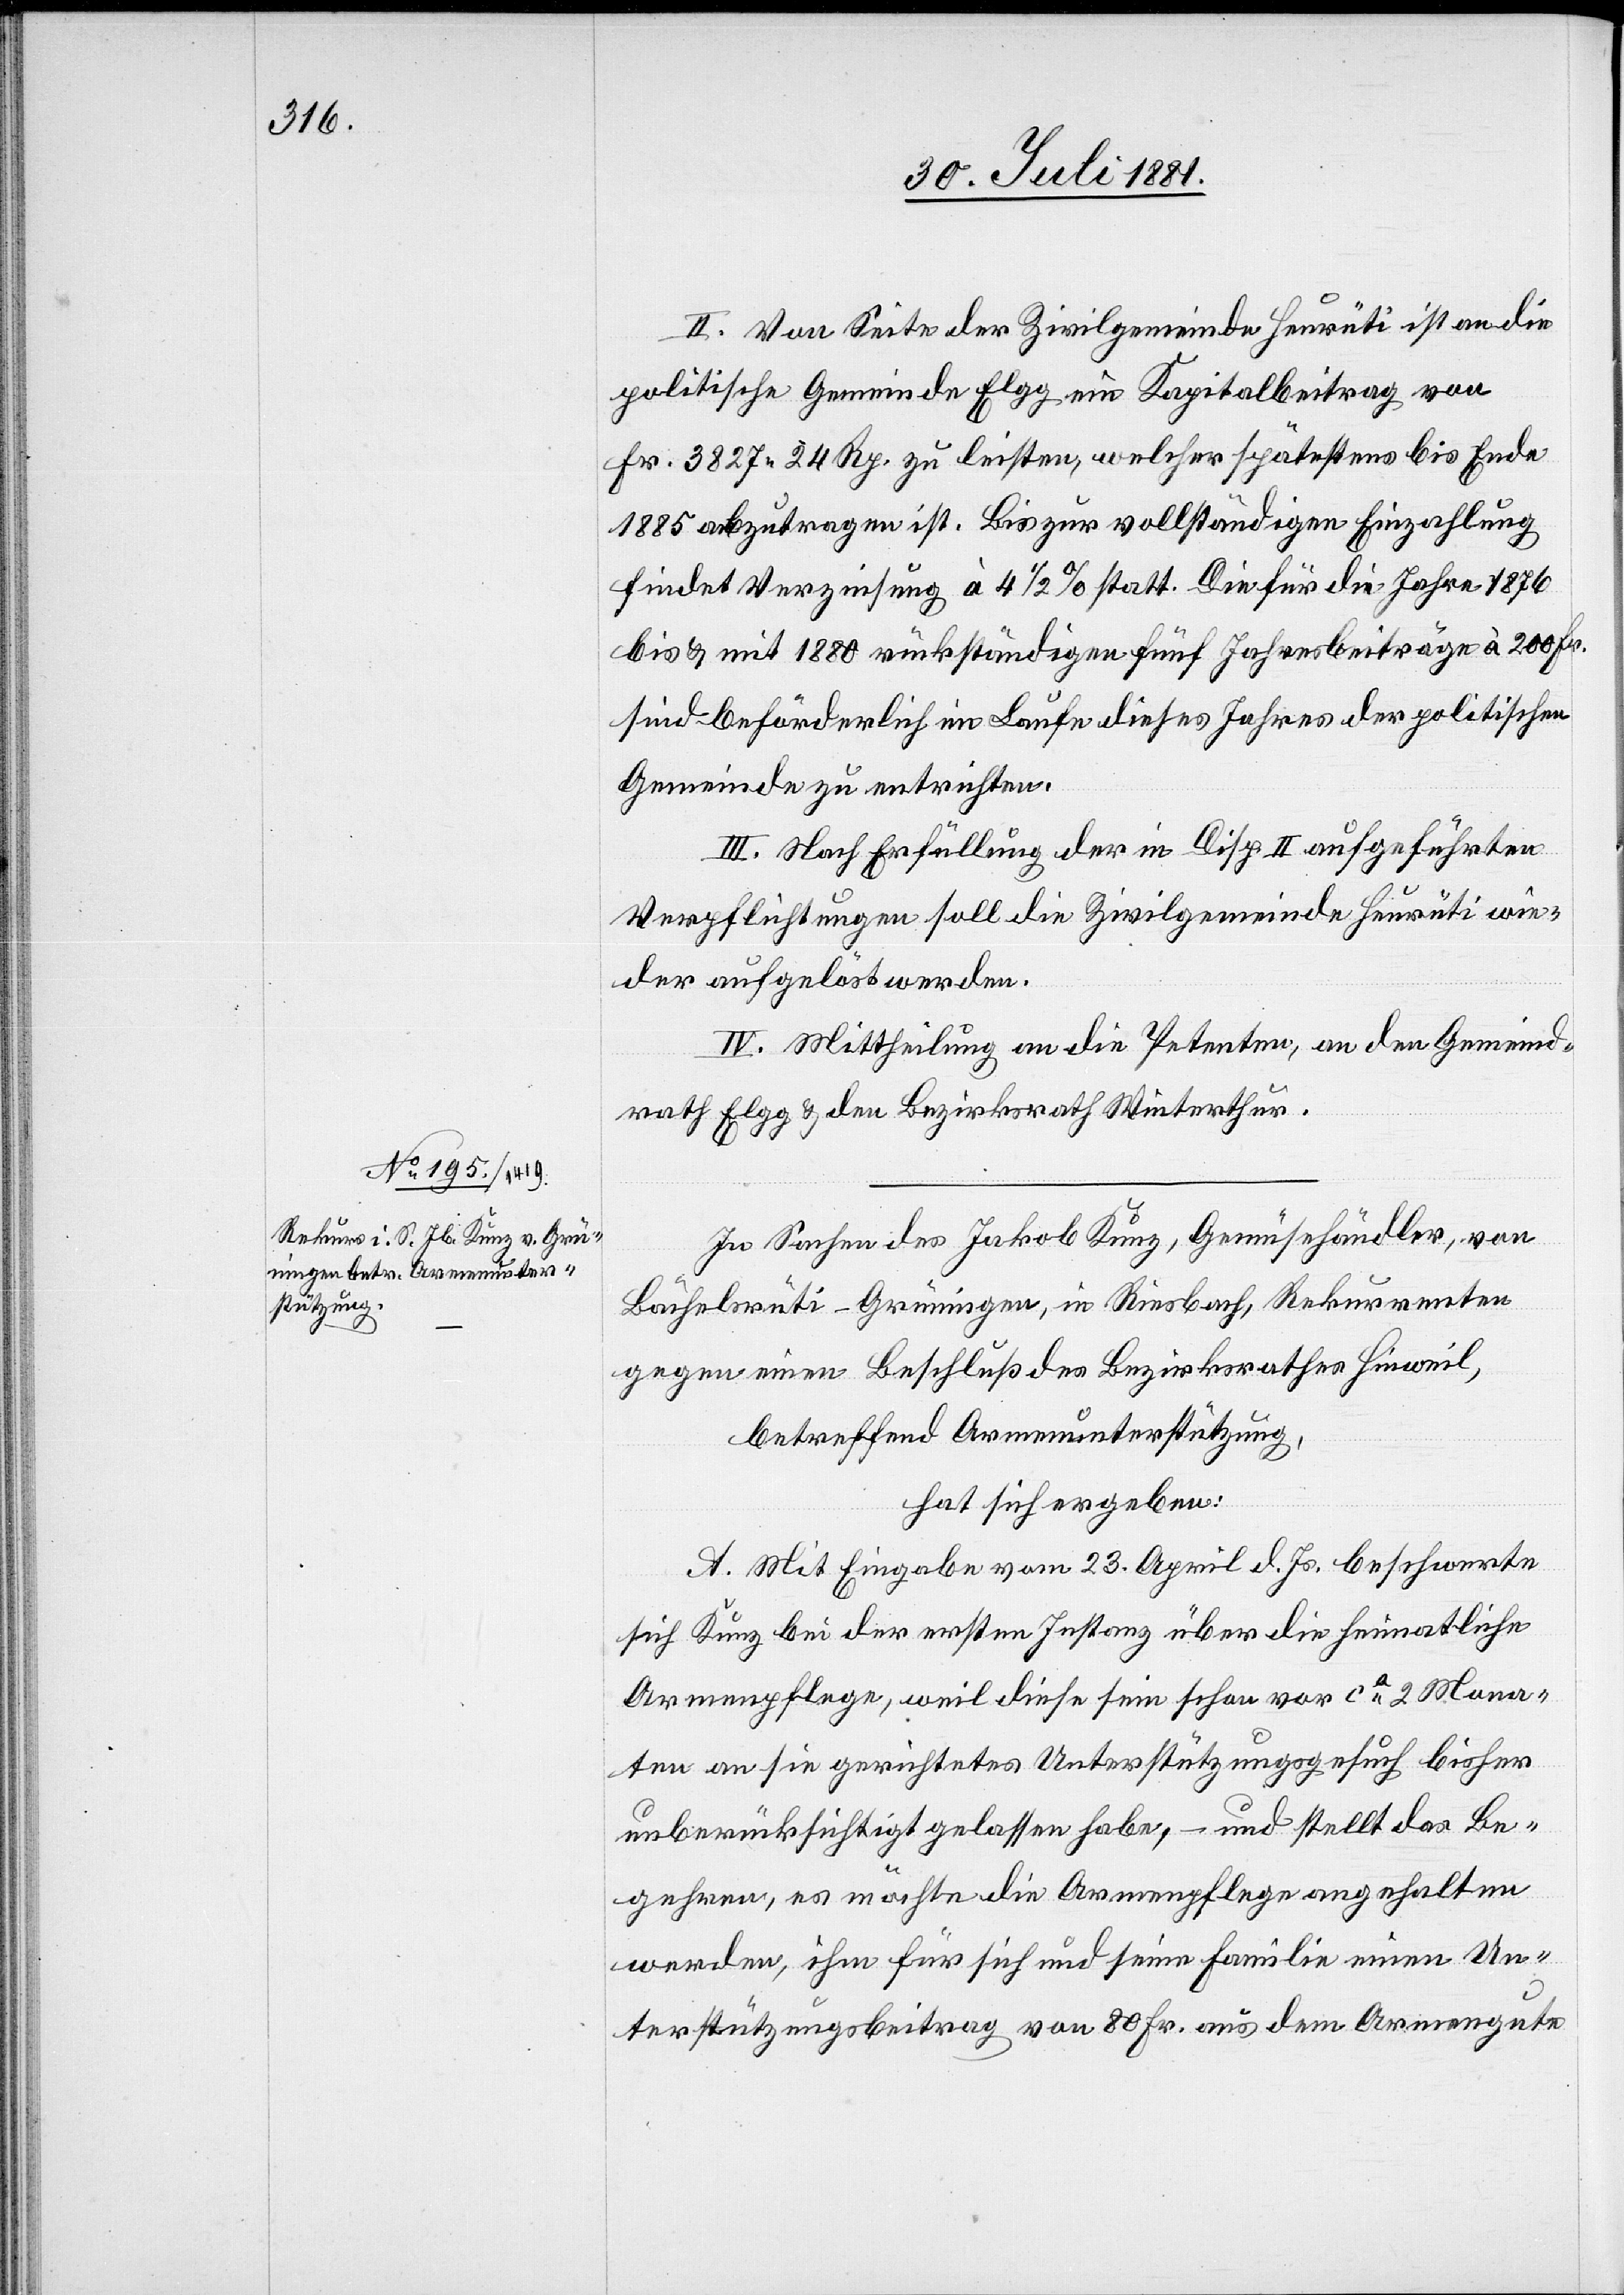
II. Von Seite der Zivilgemeinde Heurüti ist an die
politische Gemeinde Elgg ein Kapitalbeitrag von
Fr. 3827 24 Fr. zu leisten, welcher spätestens bis Ende
1885 abzutragen ist. Bis zur vollständigen Einzahlung
findet Verzinsung à 4 1/2%statt. Die für die Jahre 1876
bis & mit 1880 rückständigen fünf Jahresbeiträge à 200 Fr.
sind beförderlich im Laufe diese Jahres der politischen
Gemeinde zu entrichten.
III. Nach Erfüllung der in Disp. II aufgeführten
Verpflichtungen soll die Zivilgemeinde Heurüti wie¬
der aufgelöst werden.
IV. Mittheilung an die Petenten, an den Gemeind¬
rath Elgg & den Bezirksrath Winterthur.
In Sachen des Jakob Kunz, Gemüsehändler, von
Bächelsrüti - Grüningen, in Riesbach, Rekurrenten
gegen einen Beschluß des Bezirksrathes Hinweil,
betreffend Armenunterstützung,
hat sich ergeben:
A. Mit Eingabe vom 23. April d. Js. beschwerte
sich Kunz bei der ersten Instanz über die heimatliche
Armenpflege, weil diese sein schon vor ca 2 Mona¬
ten an sie gerichtetes Unterstützungsgesuch bisher
unberücksichtigt gelassen habe, und stellt das Be¬
gehren, es möchte die Armenpflege angehalten
werden, ihm für sich und seine Familie einen Un¬
terstützungsbeitrag von 80 Fr. aus dem Armengute